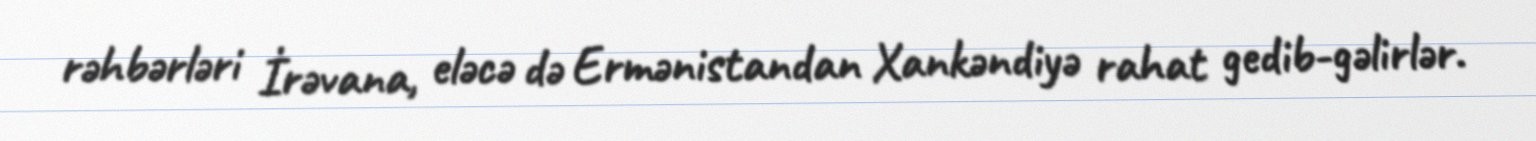
rəhbərləri İrəvana, eləcə də Ermənistandan Xankəndiyə rahat gedib-gəlirlər.